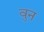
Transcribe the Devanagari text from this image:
वुन